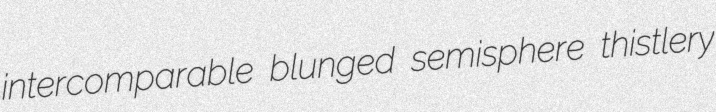
intercomparable blunged semisphere thistlery